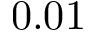
0 . 0 1